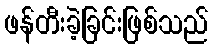
ဖန်တီးခဲ့ခြင်းဖြစ်သည်